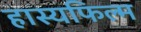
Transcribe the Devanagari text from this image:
हास्यफिल्म